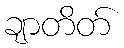
ချာတိတ်